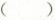
()